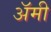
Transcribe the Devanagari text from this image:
अॅमी